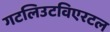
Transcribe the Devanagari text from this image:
गटलिउटविएरटल